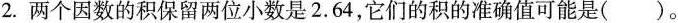
2.两个因数的积保留两位小数是2.64，它们的积的准确值可能是()。